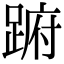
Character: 𨁵